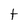
Character: t